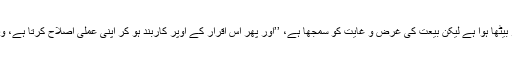
ایک دوسرا شخص ہے جس نے ہاتھ میں ہاتھ دے کر بیعت تو نہیں کی، ہزاروں میل دور بیٹھا ہوا ہے لیکن بیعت کی غرض و غایت کو سمجھا ہے، ’’اور پھر اس اقرار کے اوپر کاربند ہو کر اپنی عملی اصلاح کرتا ہے، وہ اُس رُوبرو بیعت کر کے بیعت کی حقیقت پر نہ چلنے والے سے ہزار درجہ بہتر ہے‘‘۔